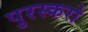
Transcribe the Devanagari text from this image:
पुरस्करो